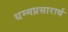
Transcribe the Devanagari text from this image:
धम्मप्रसारार्थ